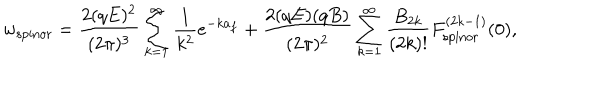
w _ { \mathrm { s p i n o r } } = \frac { 2 ( q E ) ^ { 2 } } { ( 2 \pi ) ^ { 3 } } \sum _ { k = 1 } ^ { \infty } \frac { 1 } { k ^ { 2 } } e ^ { - k a _ { f } } + \frac { 2 ( q E ) ( q B ) } { ( 2 \pi ) ^ { 2 } } \sum _ { k = 1 } ^ { \infty } \frac { B _ { 2 k } } { ( 2 k ) ! } F _ { \mathrm { s p i n o r } } ^ { ( 2 k - 1 ) } ( 0 ) ,